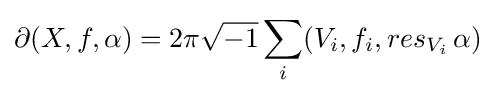
\partial (X,f,\alpha )=2\pi {\sqrt {-1}}\sum _{i}(V_{i},f_{i},res_{V_{i}}\,\alpha )